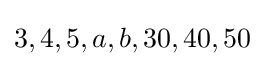
3,4,5,a,b,30,40,50